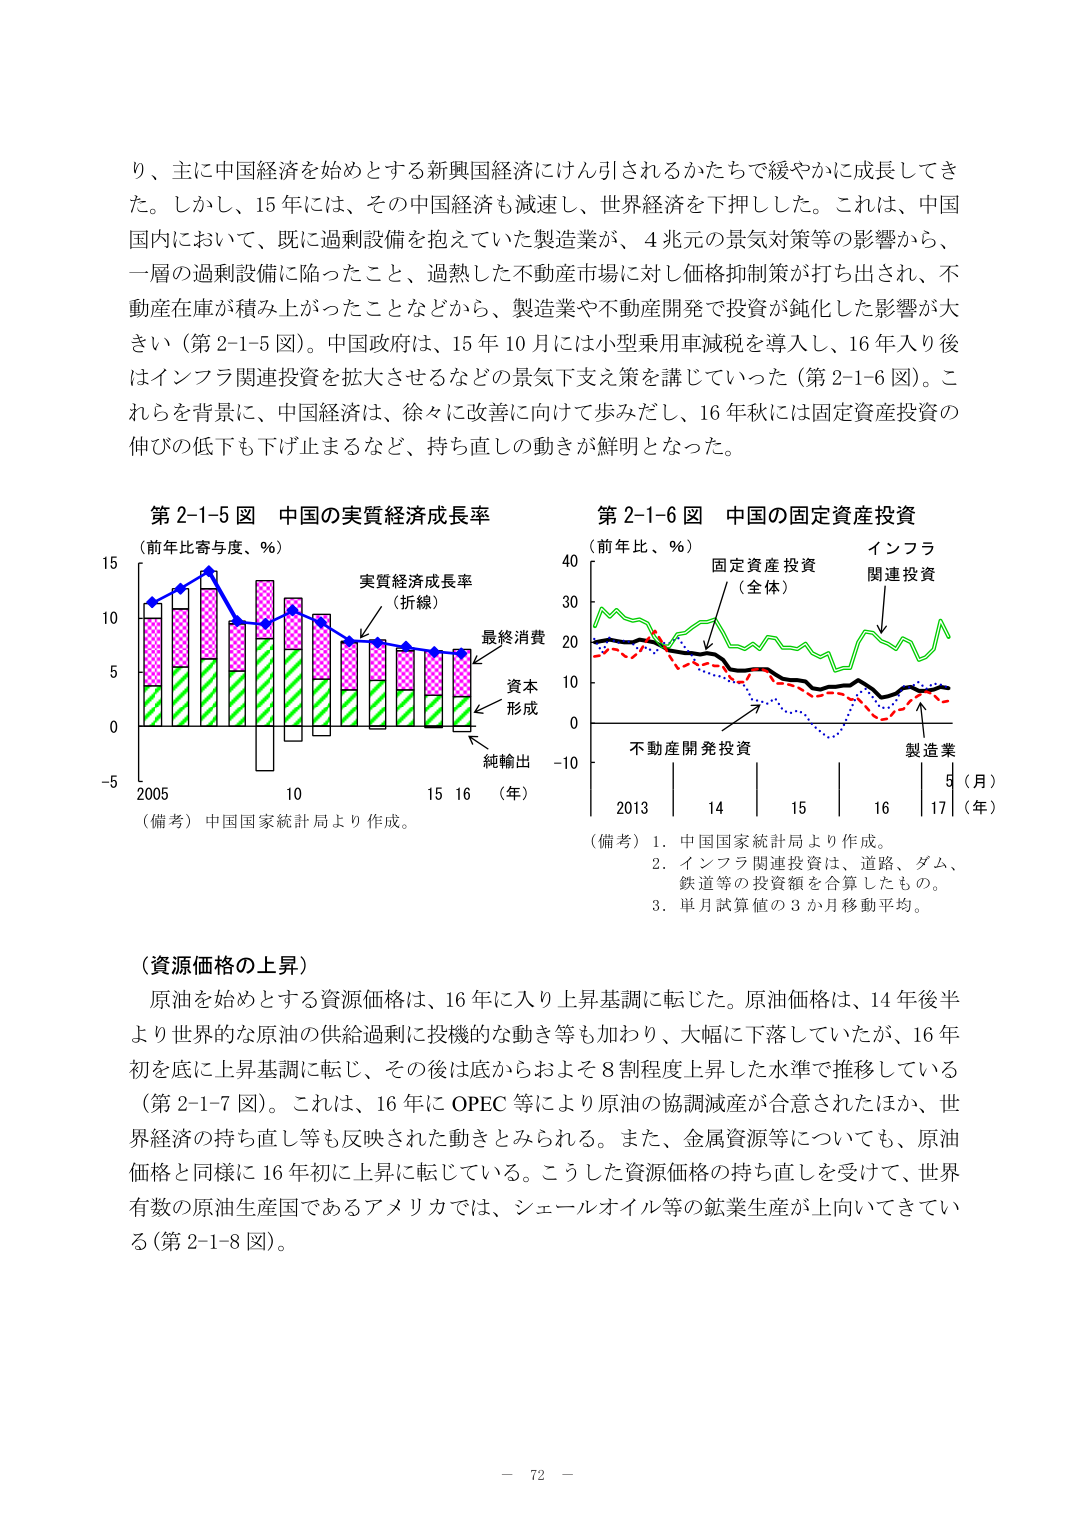
り、主に中国経済を始めとする新興国経済にけん引されるかたちで緩やかに成長してき
た。しかし、15年には、その中国経済も減速し、世界経済を下押しした。これは、中国
国内において、既に過剰設備を抱えていた製造業が、4兆元の景気対策等の影響から、
一層の過剰設備に陥ったこと、過熱した不動産市場に対し価格抑制策が打ち出され、不
動産在庫が積み上がったことなどから、製造業や不動産開発で投資が鈍化した影響が大
きい（第2-1-5図）。中国政府は、15年10月には小型乗用車減税を導入し、16年入り後
はインフラ関連投資を拡大させるなどの景気下支え策を講じていった（第2-1-6図）。こ
れらを背景に、中国経済は、徐々に改善に向けて歩みだし、16年秋には固定資産投資の
伸びの低下も下げ止まるなど、持ち直しの動きが鮮明となった。

第2-1-5図 中国の実質経済成長率
（前年比寄与度、％）
15
10
5
0
-5
2005 10 15 16 （年）
（備考）中国国家統計局より作成。
実質経済成長率
（折線）
最終消費
資本
形成
純輸出

第2-1-6図 中国の固定資産投資
（前年比、％）
40
30
20
10
0
-10
2013 14 15 16 17 （年）
5 （月）
（備考）1. 中国国家統計局より作成。
2. インフラ関連投資は、道路、ダム、
鉄道等の投資額を合算したもの。
3. 単月試算値の3か月移動平均。
固定資産投資
（全体）
インフラ
関連投資
不動産開発投資
製造業

（資源価格の上昇）
原油を始めとする資源価格は、16年に入り上昇基調に転じた。原油価格は、14年後半
より世界的な原油の供給過剰に投機的な動き等も加わり、大幅に下落していたが、16年
初を底に上昇基調に転じ、その後は底からおよそ8割程度上昇した水準で推移している
（第2-1-7図）。これは、16年にOPEC等により原油の協調減産が合意されたほか、世
界経済の持ち直し等も反映された動きとみられる。また、金属資源等についても、原油
価格と同様に16年初に上昇に転じている。こうした資源価格の持ち直しを受けて、世界
有数の原油生産国であるアメリカでは、シェールオイル等の鉱業生産が上向いてきてい
る（第2-1-8図）。

－ 72 －